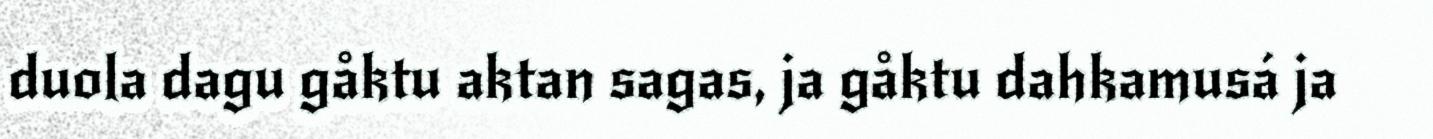
duola dagu gåktu aktan sagas, ja gåktu dahkamusá ja